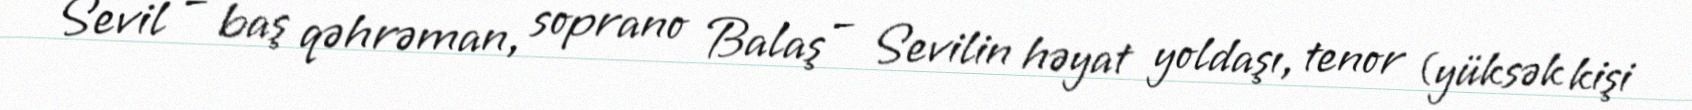
Sevil – baş qəhrəman, soprano Balaş – Sevilin həyat yoldaşı, tenor (yüksək kişi